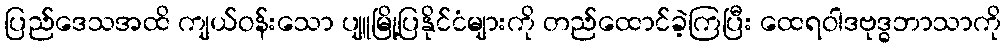
ပြည်ဒေသအထိ ကျယ်ဝန်းသော ပျူမြို့ပြနိုင်ငံများကို တည်ထောင်ခဲ့ကြပြီး ထေရဝါဒဗုဒ္ဓဘာသာကို